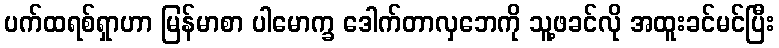
ပက်ထရစ်ရှာဟာ မြန်မာစာ ပါမောက္ခ ဒေါက်တာလှဘေကို သူ့ဖခင်လို အထူးခင်မင်ပြီး